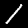
Digit: 1